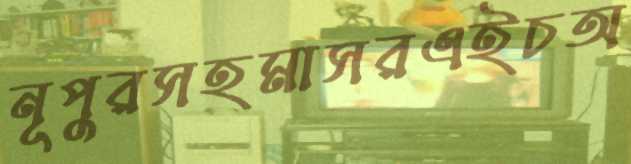
নূপুরসহমাসরএইচঅ